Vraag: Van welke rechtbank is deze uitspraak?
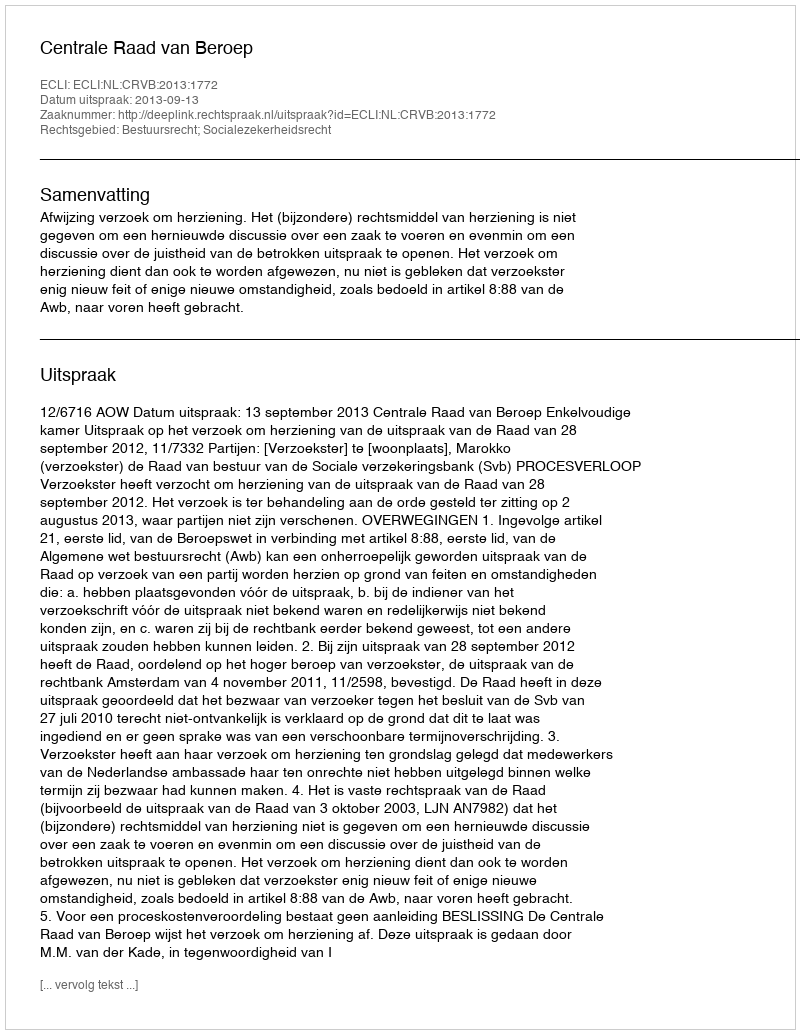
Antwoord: Centrale Raad van Beroep